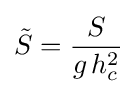
{\tilde {S}}={\frac {S}{g\,h_{c}^{2}}}